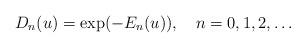
LaTeX: \begin{align*}D_n(u)=\exp(-E_n(u)),\quad n=0,1,2,\ldots\end{align*}